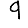
Digit: 9